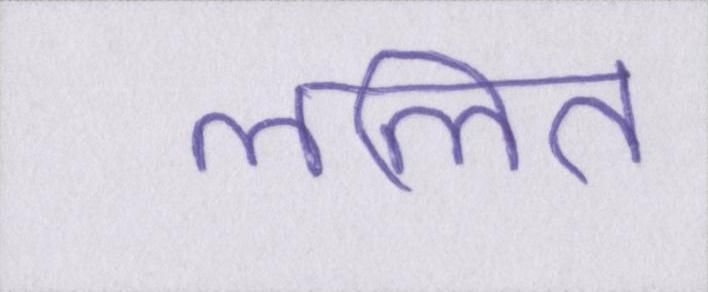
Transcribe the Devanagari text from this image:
ललित